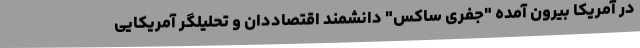
در آمریکا بیرون آمده "جفری ساکس" دانشمند اقتصاد‌دان و تحلیلگر آمریکایی